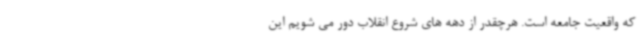
که واقعیت جامعه است. هرچقدر از دهه های شروع انقلاب دور می شویم این